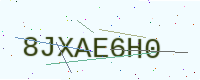
Text: 8JXAE6H0